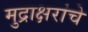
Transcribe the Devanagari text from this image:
मुद्राक्षरांचे